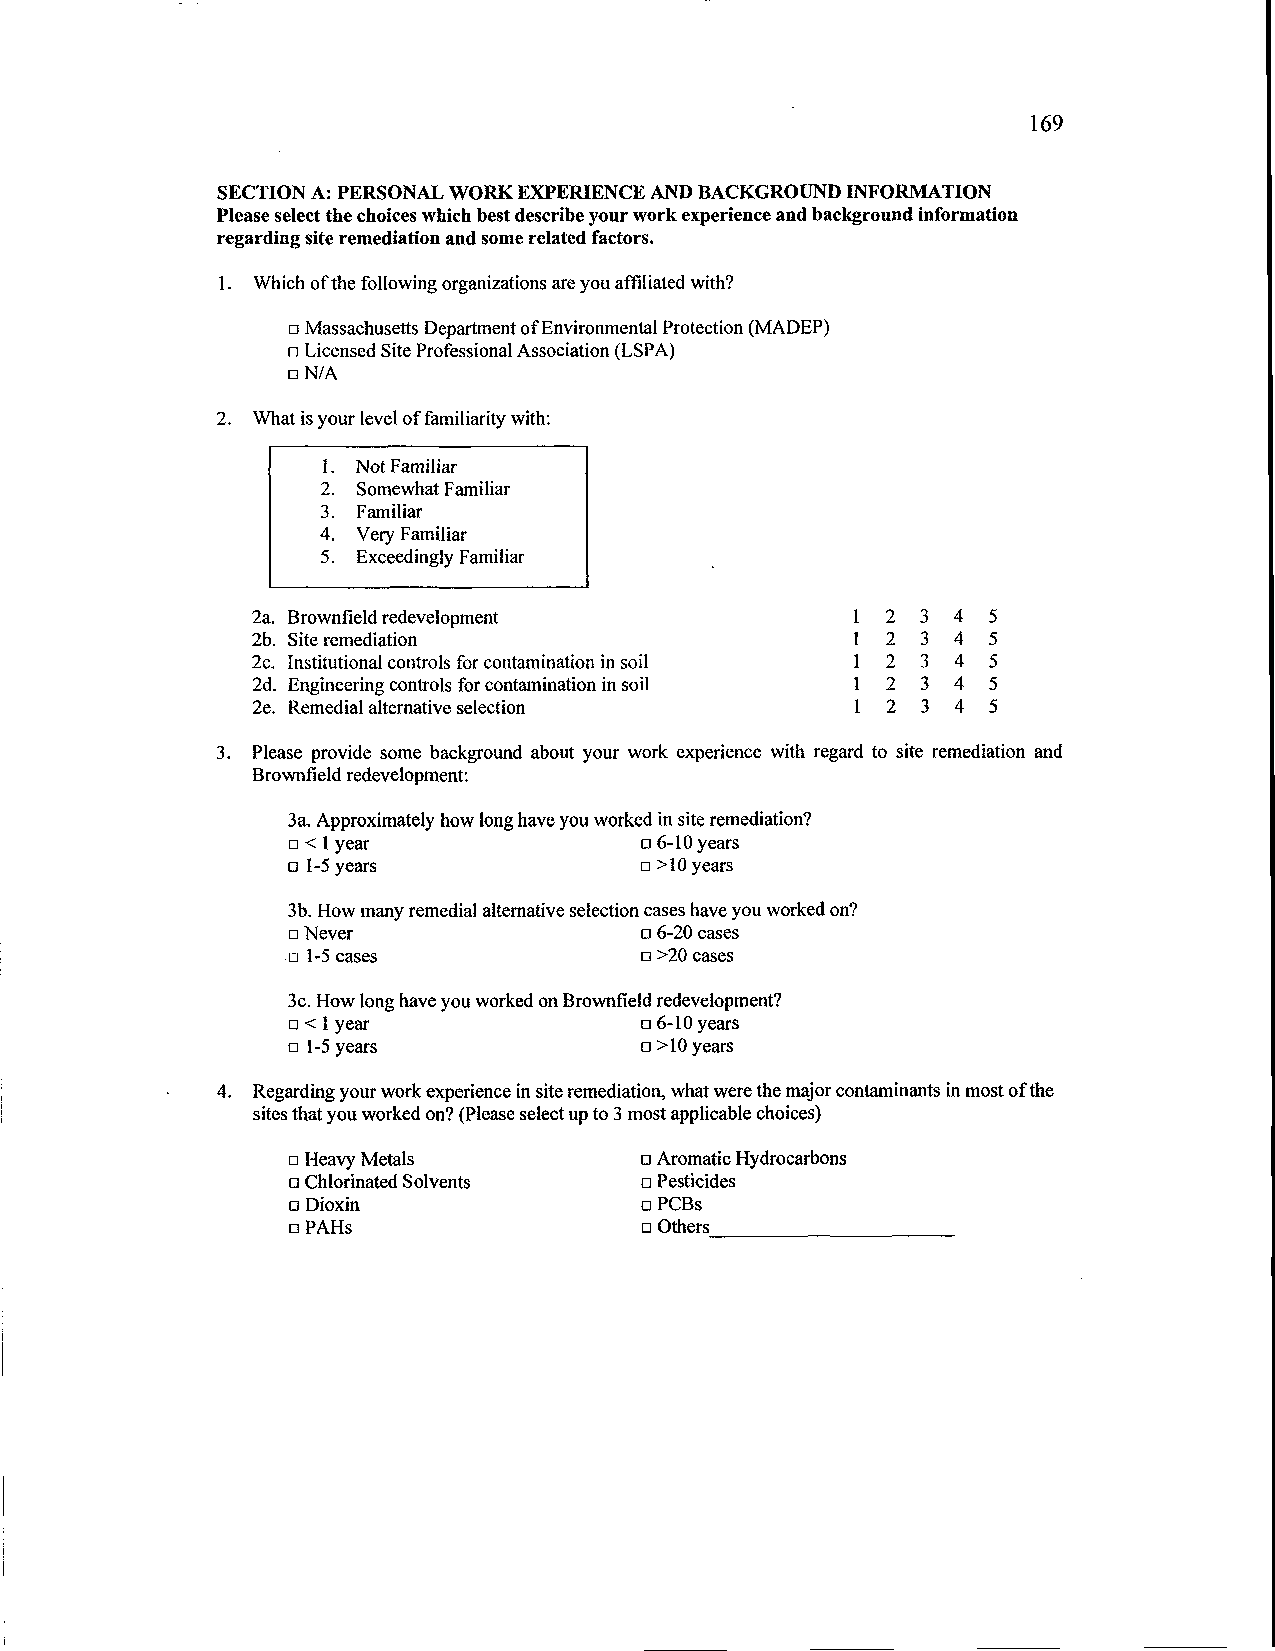
169
 SECTION A: PERSONAL WORK EXPERIENCE AND BACKGROUND INFORMATION
 Please select the choices which best describe your work experience and background information
 regarding site remediation and some related factors.
 1. Which of the following organizations are you affiliated with?
 q Massachusetts Department of Environmental Protection (MADEP)
 q Licensed Site Professional Association (LSPA)
 q N/A
 2. What is your level of familiarity with:
 1. Not Familiar
 2. Somewhat Familiar
 3. Familiar
 4. Very Familiar
 5. Exceedingly Familiar
 2a. Brownfield redevelopment            1 2 3 4 5
 2b. Site remediation                    1 2 3 4 5
 2c. Institutional controls for contamination in soil 1 2 3 4 5
 2d. Engineering controls for contamination in soil 1 2 3 4 5
 2e. Remedial alternative selection      1 2 3 4  5
 3. Please provide some background about your work experience with regard to site remediation and
 Brownfield redevelopment:
 3a. Approximately how long have you worked in site remediation?
 q < 1 year             q 6-10 years
 q 1-S years            q >10 years
 3b. How many remedial alternative selection cases have you worked on?
 q Never                q 6-20 cases
 q 1-5 cases            q >20 cases
 3c. How long have you worked on Brownfield redevelopment?
 q < 1 year             q 6-10 years
 q 1-5 years            q >10 years
 4. Regarding your work experience in site remediation, what were the major contaminants in most of the
 sites that you worked on? (Please select up to 3 most applicable choices)
 q Heavy Metals         q Aromatic Hydrocarbons
 q Chlorinated Solvents q Pesticides
 q Dioxin               q PCBs
 q PAHs                  q Others